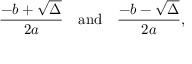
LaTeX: { \frac { - b + { \sqrt { \Delta } } } { 2 a } } \quad { \mathrm { a n d } } \quad { \frac { - b - { \sqrt { \Delta } } } { 2 a } } ,